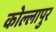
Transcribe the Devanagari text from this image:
कोल्लापुर